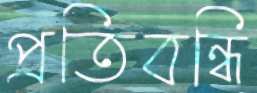
প্রতিবন্ধি